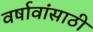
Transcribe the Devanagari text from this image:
वर्षावांसाठी